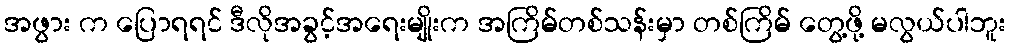
အဖွား က ပြောရရင် ဒီလိုအခွင့်အရေးမျိုးက အကြိမ်တစ်သန်းမှာ တစ်ကြိမ် တွေ့ဖို့ မလွယ်ပါဘူး